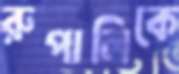
রুপালিকে